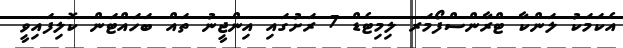
އެކަމަކު ލަންކާ ޓްރާންސްފޯމަރ ލިމިޓެޑް 7 ރަށުގައި އިންޖީނު ތައް ބަހައްޓަން ކޮލިފައިވީ